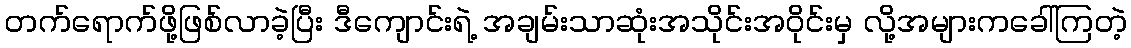
တက်ရောက်ဖို့ဖြစ်လာခဲ့ပြီး ဒီကျောင်းရဲ့ အချမ်းသာဆုံးအသိုင်းအဝိုင်းမှ လို့အများကခေါ်ကြတဲ့